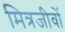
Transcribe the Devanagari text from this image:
मित्रजीवों